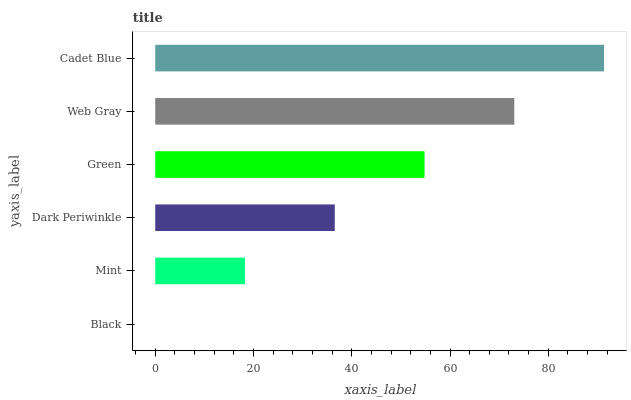
| yaxis_label | bars |
 | --- | --- |
 | Black | 0 |
 | Mint | 18.3 |
 | Dark Periwinkle | 36.5 |
 | Green | 54.8 |
 | Web Gray | 73.1 |
 | Cadet Blue | 91.4 |